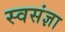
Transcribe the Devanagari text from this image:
स्वसंज्ञा